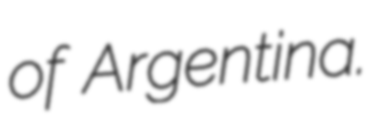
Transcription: of Argentina.